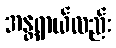
အန္တရာယ်လည်း